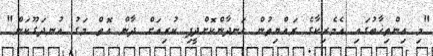
"މި އިންތިޚާބުގައި އެމެރިކާގެ ރައްޔިތުން ހަނދާންކޮށްދީފި ކުރިއަށް ދާން އޮތް މަގު އުނދަގޫކަން"